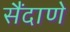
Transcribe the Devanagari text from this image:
सैंदाणे